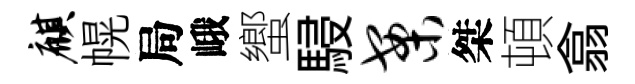
麒幌局峨蠁駸案桀頓翕